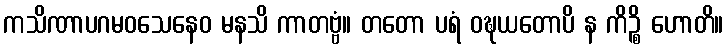
ကသိဏာပဂမဝသေနေဝ မနသိ ကာတဗ္ဗံ။ တတော ပရံ ဝဍ္ဎယတောပိ န ကိဉ္စိ ဟောတိ။